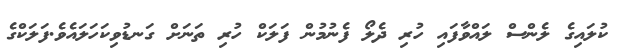
ކުލައިގެ ލެންސް ލައްވާފައި ހުރި ދެލޯ ފެނުމުން ފަލަކް ހުރި ތަނަށް ގަނޑުވިކަހަލައެވެ.ފަލަކްގެ